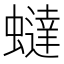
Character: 蟽